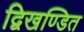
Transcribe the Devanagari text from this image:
द्विखण्डित